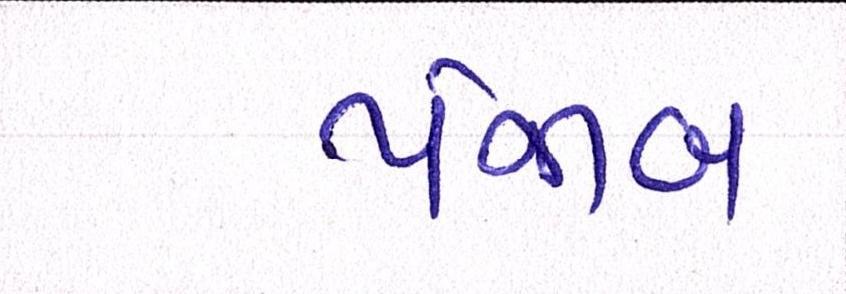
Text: પંજાબ